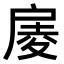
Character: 𢩑